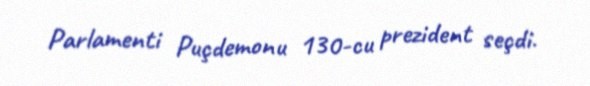
Parlamenti Puçdemonu 130-cu prezident seçdi.